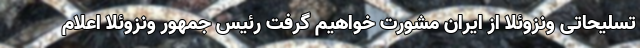
تسلیحاتی ونزوئلا از ایران مشورت خواهیم گرفت رئیس جمهور ونزوئلا اعلام